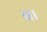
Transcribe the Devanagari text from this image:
च्र।